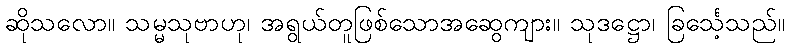
ဆိုသလော။ သမ္မသုဗာဟု၊ အရွယ်တူဖြစ်သောအဆွေကျား။ သုဒဋ္ဌော၊ ခြင်္သေ့သည်။